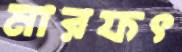
মারফৎ